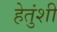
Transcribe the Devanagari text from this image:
हेतुंशी